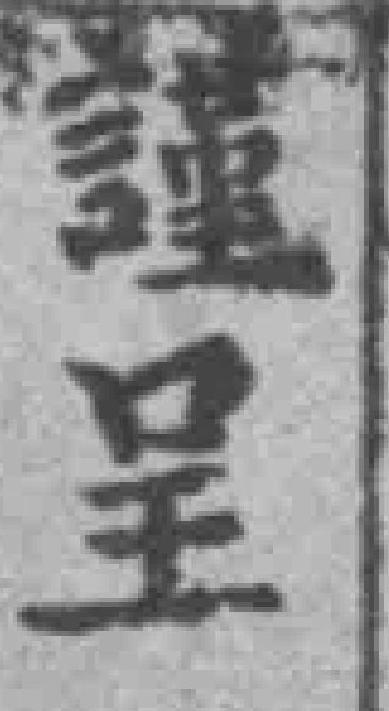
謹呈